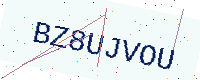
Text: BZ8UJVOU